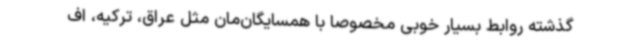
گذشته روابط بسیار خوبی مخصوصا با همسایگان‌مان مثل عراق، ترکیه، اف